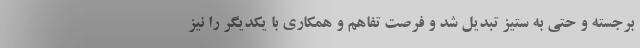
برجسته و حتي به ستيز تبديل شد و فرصت تفاهم و همكاري با يكديگر را نيز